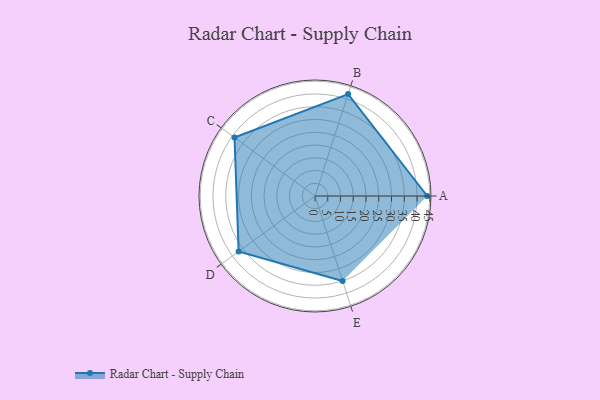
{"axis": {"x": "Skill", "y": "Score"}, "legend": ["Profile"], "data": [{"x": "A", "y": 44.0, "type": "Profile"}, {"x": "B", "y": 42.0, "type": "Profile"}, {"x": "C", "y": 39.0, "type": "Profile"}, {"x": "D", "y": 37.0, "type": "Profile"}, {"x": "E", "y": 35.0, "type": "Profile"}]}